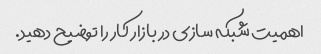
اهمیت شبکه سازی در بازار کار را توضیح دهید.